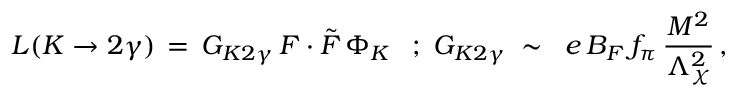
{ \cal L } ( K \rightarrow 2 \gamma ) \, = \, G _ { K 2 \gamma } \, F \cdot \tilde { F } \, \Phi _ { K } \; \: \; ; \; G _ { K 2 \gamma } \; \sim \; \; e \, B _ { F } \, f _ { \pi } \, \frac { M ^ { 2 } } { \Lambda _ { \chi } ^ { 2 } } \, ,